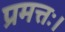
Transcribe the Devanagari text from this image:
प्रमत्तः।